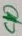
Text: C10